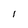
Character: l